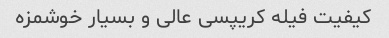
کیفیت فیله کریپسی عالی و بسیار خوشمزه